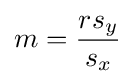
m={\frac {rs_{y}}{s_{x}}}